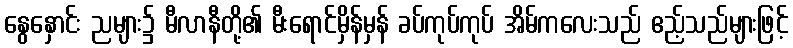
နွေနှောင်း ညများ၌ မီလာနီတို့၏ မီးရောင်မှိန်မှန် ခပ်ကုပ်ကုပ် အိမ်ကလေးသည် ဧည့်သည်များဖြင့်